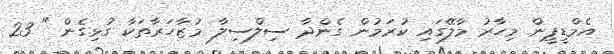
އެމްޑީޕީން މިހާރު މާލޭގައި ކުރަމުން ގެންދާ ސިލްސިލާ މުޒާހަރާތަކާ ގުޅިގެން " 23